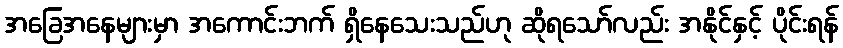
အခြေအနေများမှာ အကောင်းဘက် ရှိနေသေးသည်ဟု ဆိုရသော်လည်း အနိုင်နှင့် ပိုင်းရန်